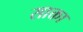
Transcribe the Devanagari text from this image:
साक्ता